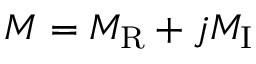
M = M _ { \mathrm { R } } + j M _ { \mathrm { I } }